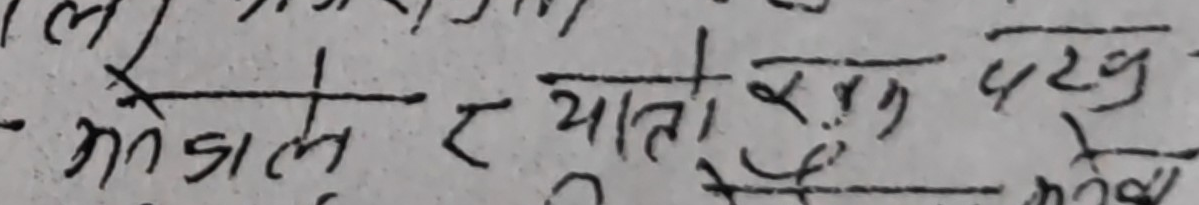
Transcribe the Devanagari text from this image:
मादल र यातो रुख टेकु